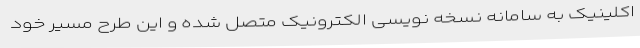
اکلینیک به سامانه نسخه نویسی الکترونیک متصل شده و این طرح مسیر خود